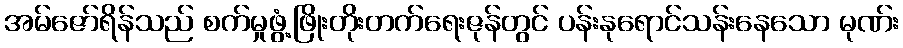
အမ်ဇော်ရိန်သည် စက်မှုဖွံ့ဖြိုးတိုးတက်ရေးဇုန်တွင် ပန်းနုရောင်သန်းနေသော မုဏ်း